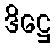
ဒိဋ္ဌေ